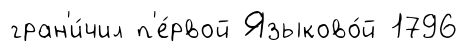
гран'и́чил п'е́рвой Языково́й 1796